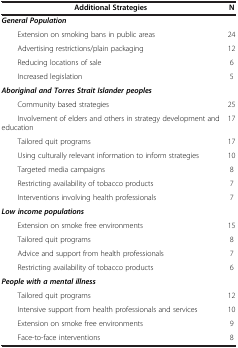
<table><thead><tr><td><b>Additional Strategies</b></td><td><b>N</b></td></tr></thead><tbody><tr><td><b><i>General Population</i></b></td><td> </td></tr><tr><td>Extension on smoking bans in public areas</td><td>24</td></tr><tr><td>Advertising restrictions/plain packaging</td><td>12</td></tr><tr><td>Reducing locations of sale</td><td>6</td></tr><tr><td>Increased legislation</td><td>5</td></tr><tr><td><b><i>Aboriginal and Torres Strait Islander peoples</i></b></td><td> </td></tr><tr><td>Community based strategies</td><td>25</td></tr><tr><td>Involvement of elders and others in strategy development and education</td><td>17</td></tr><tr><td>Tailored quit programs</td><td>17</td></tr><tr><td>Using culturally relevant information to inform strategies</td><td>10</td></tr><tr><td>Targeted media campaigns</td><td>8</td></tr><tr><td>Restricting availability of tobacco products</td><td>7</td></tr><tr><td>Interventions involving health professionals</td><td>7</td></tr><tr><td><b><i>Low income populations</i></b></td><td> </td></tr><tr><td>Extension on smoke free environments</td><td>15</td></tr><tr><td>Tailored quit programs</td><td>8</td></tr><tr><td>Advice and support from health professionals</td><td>7</td></tr><tr><td>Restricting availability of tobacco products</td><td>6</td></tr><tr><td><b><i>People with a mental illness</i></b></td><td> </td></tr><tr><td>Tailored quit programs</td><td>12</td></tr><tr><td>Intensive support from health professionals and services</td><td>10</td></tr><tr><td>Extension on smoke free environments</td><td>9</td></tr><tr><td>Face-to-face interventions</td><td>8</td></tr></tbody></table>